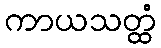
ကာယသတ္ထံ